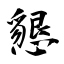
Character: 懇